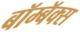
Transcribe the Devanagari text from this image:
बॉम्बॅक्स